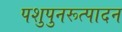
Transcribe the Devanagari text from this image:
पशुपुनरूत्पादन